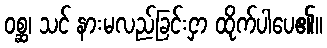
ဝစ္ဆ၊ သင် နားမလည်ခြင်းငှာ ထိုက်ပါပေ၏။